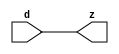
module mgc_out_stdreg (d, z);
  parameter integer rscid = 1;
  parameter integer width = 8;
  input    [width-1:0] d;
  output   [width-1:0] z;
  wire     [width-1:0] z;
  assign z = d;
endmodule